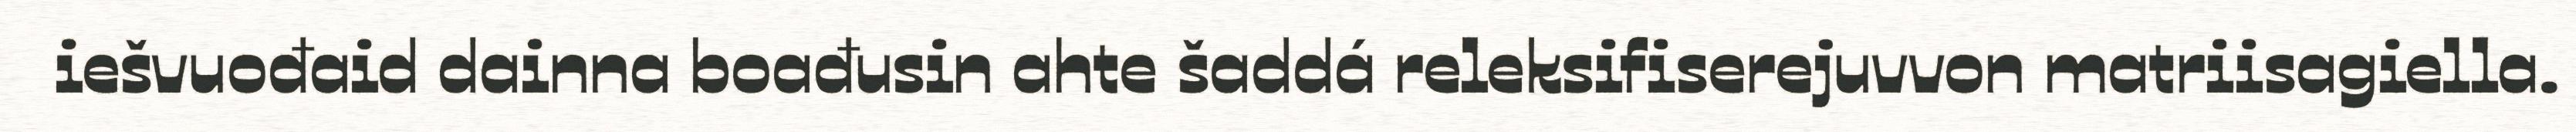
iešvuođaid dainna boađusin ahte šaddá releksifiserejuvvon matriisagiella.